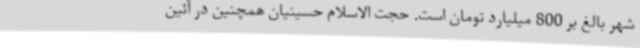
شهر بالغ بر 800 میلیارد تومان است. حجت الاسلام حسینیان همچنین در آئین